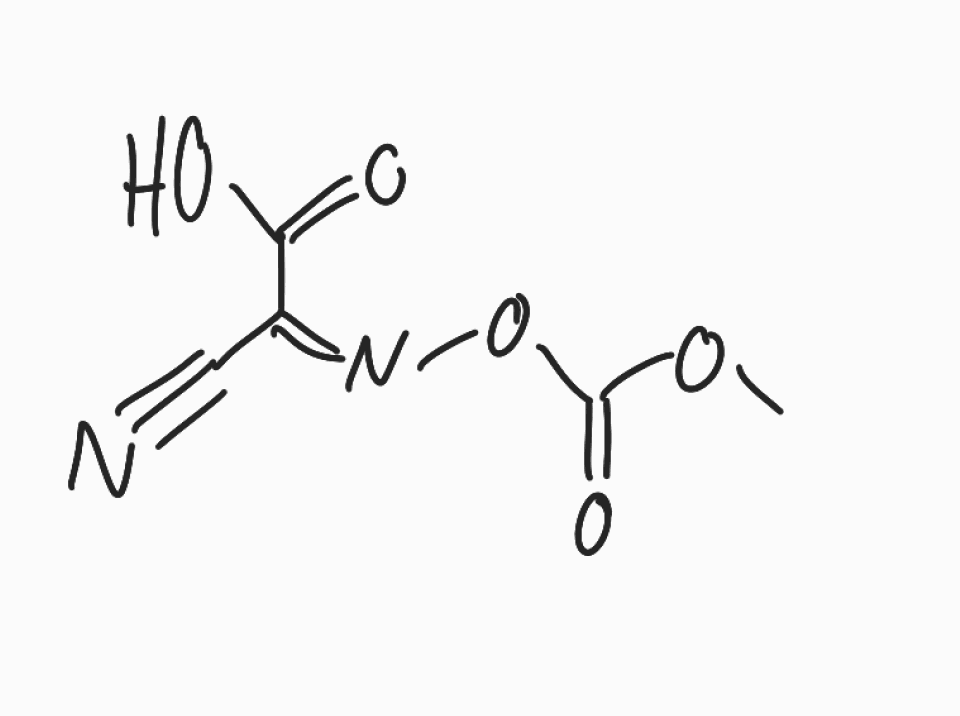
Simplified molecular-input line-entry system (SMILES) notation of the given molecule:
COC(=O)O/N=C(/C#N)\C(=O)O